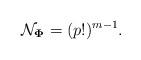
LaTeX: \begin{align*}\mathcal{N}_{\mathbf{\Phi}}=(p!)^{m-1}.\end{align*}